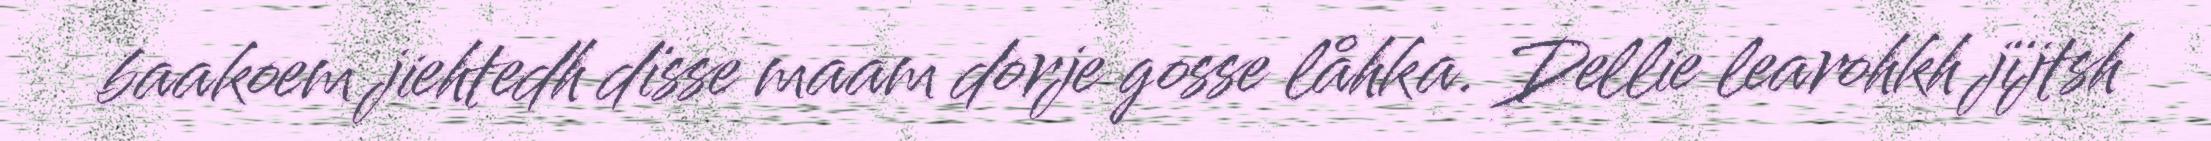
baakoem jiehtedh dïsse maam dorje gosse låhka. Dellie learohkh jïjtsh